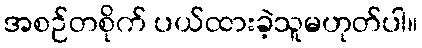
အစဉ်တစိုက် ပယ်ထားခဲ့သူမဟုတ်ပါ။